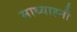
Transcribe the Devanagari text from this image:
माध्याह्नी